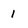
Character: 1